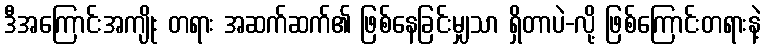
ဒီအကြောင်းအကျိုး တရား အဆက်ဆက်၏ ဖြစ်နေခြင်းမျှသာ ရှိတာပဲ-လို့ ဖြစ်ကြောင်းတရားနဲ့